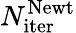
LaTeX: N_{\mathrm{iter}}^{\mathrm{Newt}}